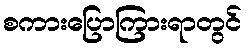
စကားပြောကြားရာတွင်